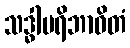
သဒ္ဓါပရိဘာဝိတံ